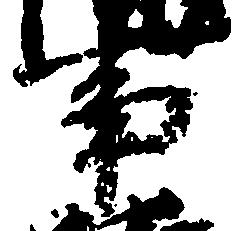
事